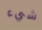
شيء